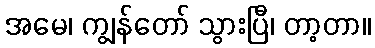
အမေ၊ ကျွန်တော် သွားပြီ၊ တာ့တာ။